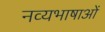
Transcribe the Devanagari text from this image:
नव्यभाषाओं